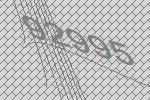
92995